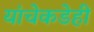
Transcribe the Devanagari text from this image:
यांचेकडेही